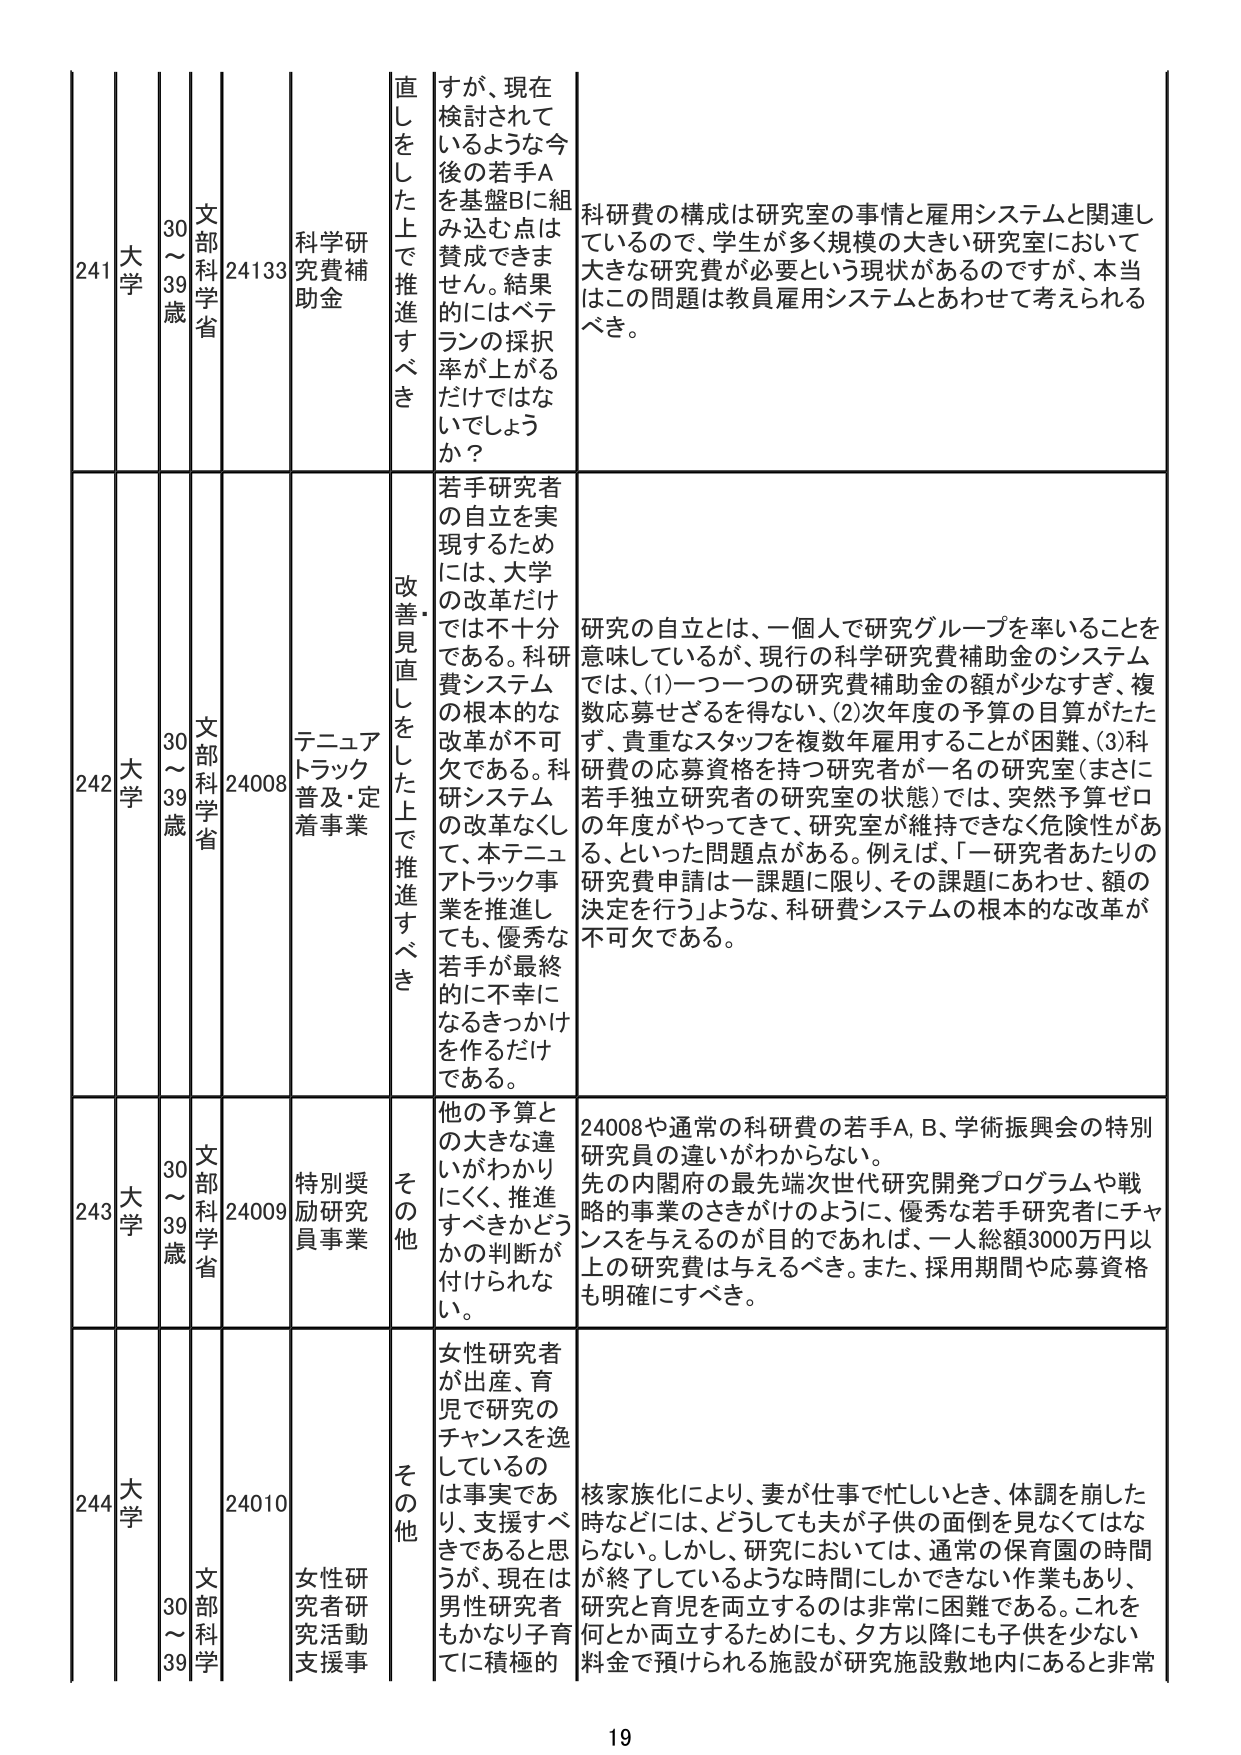
241 大学 30～39歳 文部科学省 24133 科学研究費補助金 直しをした上で推進すべき すが、現在検討されているような今後の若手Aを基盤Bに組み込む点は賛成できます。結果的にはベテランの採択率が上がるだけではないでしょうか？ 科研費の構成は研究室の事情と雇用システムと関連しているので、学生が多く規模の大きい研究室において大きな研究費が必要という現状があるのですが、本当はこの問題は教員雇用システムとあわせて考えられるべき。

242 大学 30～39歳 文部科学省 24008 テニュアトラック普及・定着事業 改善見直しをした上で推進すべき 若手研究者の自立を実現するためには、大学の改革だけでは不十分である。科研費システムの根本的な改革が不可欠である。科研システムの改革なくして、本テニュアトラック事業を推進しても、優秀な若手が最終的に不幸になるきっかけを作ることだけである。 研究の自立とは、一個人で研究グループを率いることを意味しているが、現行の科学研究費補助金のシステムでは、(1)一つ一つの研究費補助金の額が少なすぎ、複数応募せざるを得ない、(2)次年度の予算の目算がたたず、貴重なスタッフを複数年雇用することが困難、(3)科研費の応募資格を持つ研究者が一名の研究室（まさに若手独立研究者の研究室の状態）では、突然予算ゼロの年度がやってきて、研究室が維持できなく危険性がある、といった問題点がある。例えば、「一研究者あたりの研究費申請は一課題に限り、その課題にあわせ、額の決定を行う」ような、科研費システムの根本的な改革が不可欠である。

243 大学 30～39歳 文部科学省 24009 特別奨励研究員事業 その他 他の予算との大きな違いがわかりにくく、推進すべきかどうかの判断が付けられない。 24008や通常の科研費の若手A、B、学術振興会の特別研究員の違いがわからない。先の内閣府の最先端次世代研究開発プログラムや戦略的事業のさきがけのように、優秀な若手研究者にチャンスを与えるのが目的であれば、一人総額3000万円以上の研究費は与えるべき。また、採用期間や応募資格も明確にすべき。

244 大学 30～39歳 文部科学省 24010 女性研究者研究活動支援事業 その他 女性研究者が出産、育児で研究のチャンスを逸しているのは事実であり、支援すべきであると思うが、現在は男性研究者もかなり子育てに積極的 核家族化により、妻が仕事で忙しいとき、体調を崩した時などには、どうしても夫が子供の面倒を見なくてはならない。しかし、研究においては、通常の保育園の時間が終了しているような時間にしかできない作業もあり、研究と育児を両立するのは非常に困難である。これを何とか両立するためにも、夕方以降にも子供を少ない料金で預けられる施設が研究施設敷地内にあると非常

19